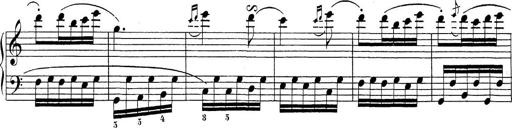
Title: Sonatina Album
Composer: Louis KÃ¶hler